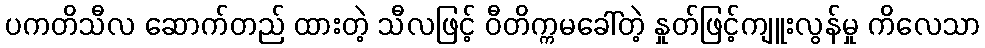
ပကတိသီလ ဆောက်တည် ထားတဲ့ သီလဖြင့် ဝီတိက္ကမခေါ်တဲ့ နှုတ်ဖြင့်ကျူးလွန်မှု ကိလေသာ